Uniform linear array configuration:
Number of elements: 24
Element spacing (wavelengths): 1
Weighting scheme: binomial
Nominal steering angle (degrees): -60
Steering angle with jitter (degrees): -60.697
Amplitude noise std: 0.05
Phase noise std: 0.05

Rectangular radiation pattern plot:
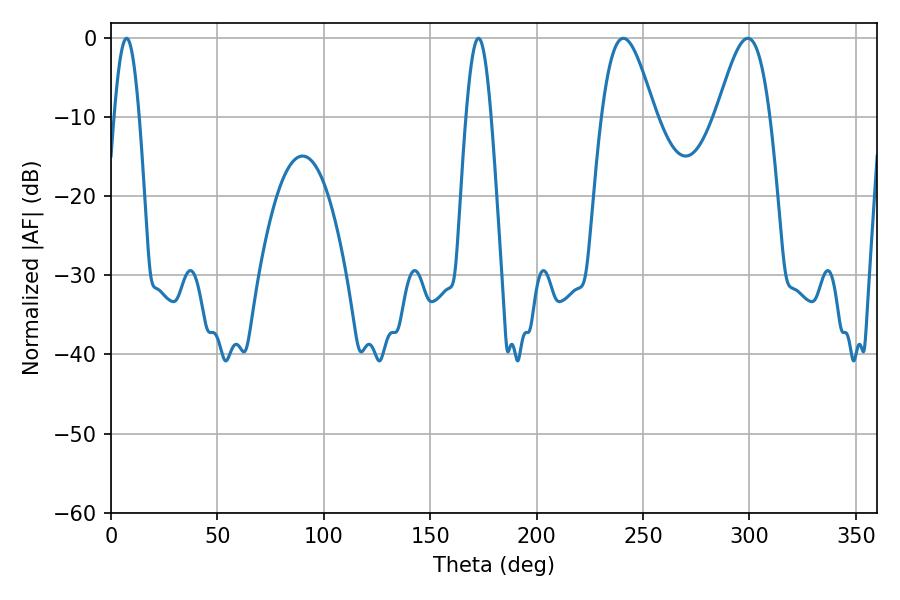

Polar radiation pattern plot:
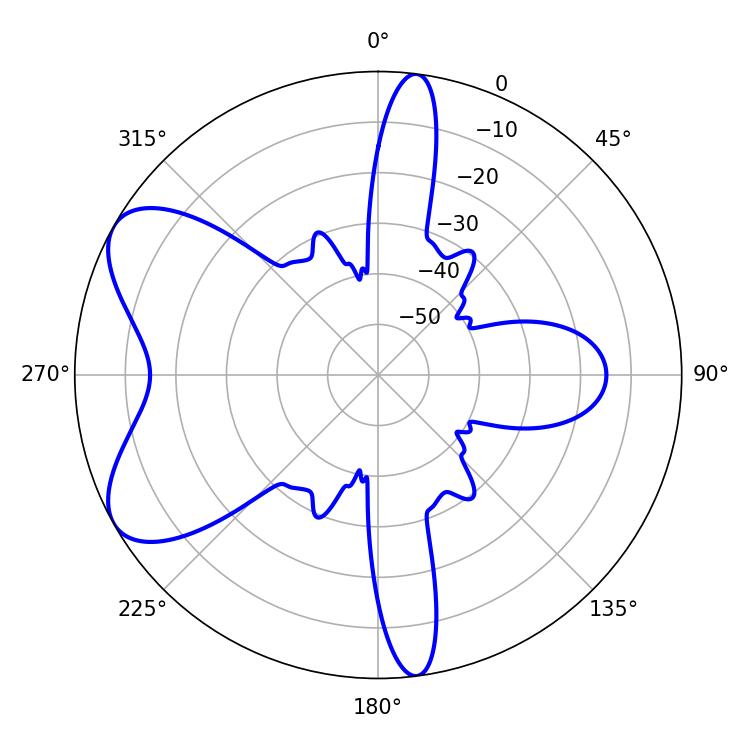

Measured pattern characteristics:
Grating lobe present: TRUE
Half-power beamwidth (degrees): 13.32
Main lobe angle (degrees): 240.66